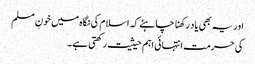
اور یہ بھی یاد رکھنا چاہئے کہ اسلام کی نگاہ میں خونِ مسلم
کی حرمت انتہائی اہم حیثیت رکھتی ہے۔